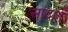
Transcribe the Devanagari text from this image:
आदर्शं